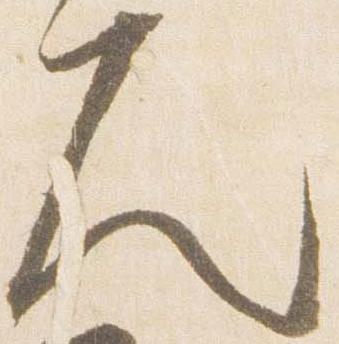
久